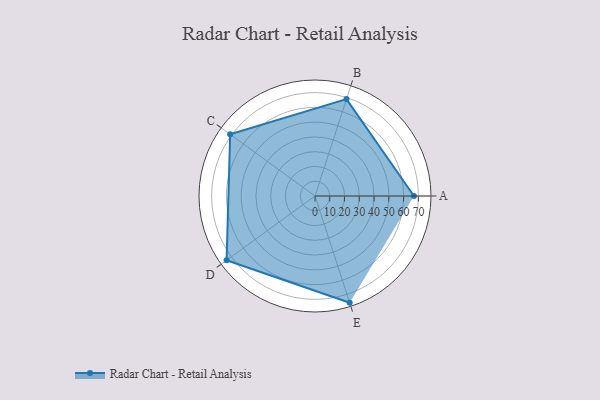
{"axis": {"x": "Skill", "y": "Score"}, "legend": ["Profile"], "data": [{"x": "A", "y": 67.0, "type": "Profile"}, {"x": "B", "y": 69.0, "type": "Profile"}, {"x": "C", "y": 71.0, "type": "Profile"}, {"x": "D", "y": 74.0, "type": "Profile"}, {"x": "E", "y": 76.0, "type": "Profile"}]}